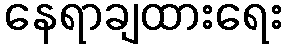
နေရာချထားရေး